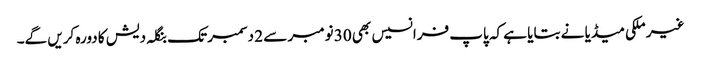
غیر ملکی میڈیا نے بتایا ہے کہ پاپ فرانسیس بھی 30 نومبر سے 2 دسمبر تک بنگلہ دیش کا دورہ کریں گے۔